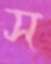
স